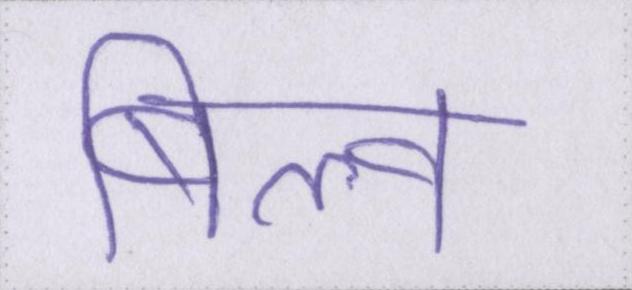
बिल्व